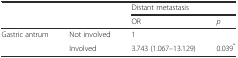
<table><thead><tr><td></td><td></td><td colspan="2"><b>Distant metastasis</b></td></tr><tr><td></td><td></td><td><b>OR</b></td><td><b><i>p</i></b></td></tr></thead><tbody><tr><td>Gastric antrum</td><td>Not involved</td><td>1</td><td></td></tr><tr><td></td><td>Involved</td><td>3.743 (1.067–13.129)</td><td>0.039<sup>*</sup></td></tr></tbody></table>